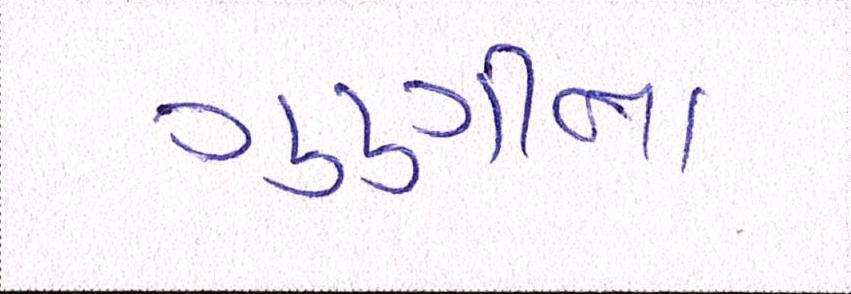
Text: ગુણીના